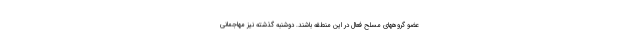
عضو گروههای مسلح فعال در این منطقه باشند. دوشنبه گذشته نیز مهاجمانی